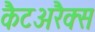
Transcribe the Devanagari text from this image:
कैटअरैक्स